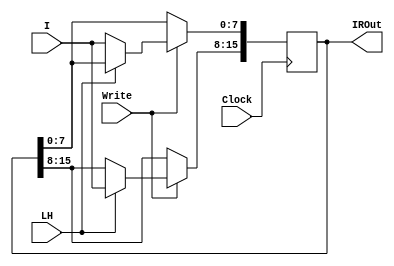
`timescale 1ns / 1ps


module InstructionRegister (
    input wire Clock,           // Clock signal
    input wire Write,           // Write control signal
    input wire [7:0] I,         // 8-bit data input
    input wire LH,              // Control which byte to be written
    output reg [15:0] IROut     // 16-bit data output
);

// Load input data into appropriate byte during write operation
always @(posedge Clock) begin
        if (Write) begin
            if (LH == 1'b0) begin
                IROut[7:0] <= I; // LSB
            end else begin
                IROut[15:8] <= I; // MSB
            end
        end
    end

endmodule